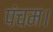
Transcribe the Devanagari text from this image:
पंचम।